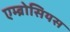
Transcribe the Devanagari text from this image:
एम्ब्रोसियस